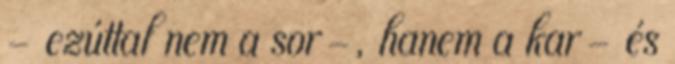
– ezúttal nem a sor-, hanem a kar- és